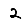
Digit: 2